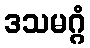
ဒသမဂ္ဂံ